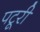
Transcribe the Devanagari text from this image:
पटूरी